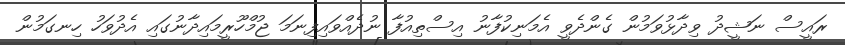
ރައީސް ނަޝީދު ވިދާޅުވަމުން ގެންދެވީ އެމަނިކުފާނު އިސްތިއުފާ ނުދެއްވައިފިނަމަ ޖުމްހޫރީމައިދާނުގައި އެދުވަހު ހިނގަމުން